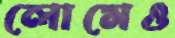
লোমেও